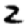
Digit: 2